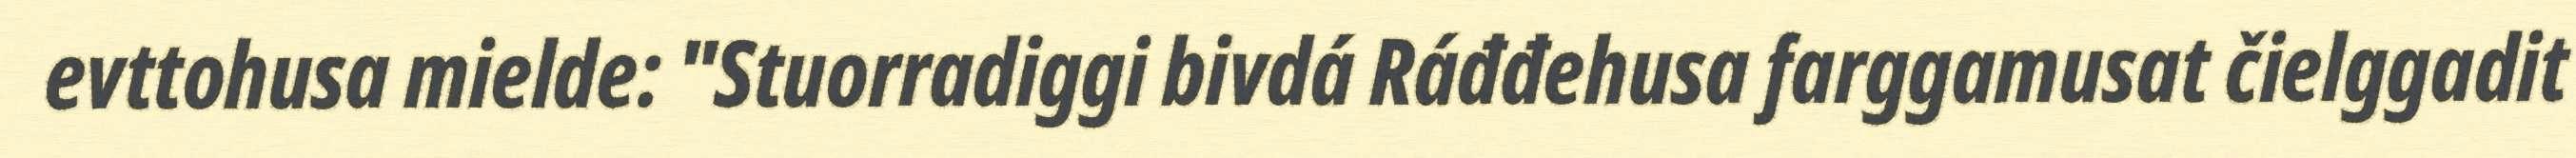
evttohusa mielde: "Stuorradiggi bivdá Ráđđehusa farggamusat čielggadit